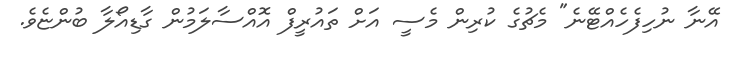
އޭނާ ނުހިފެހެއްޓޭނެ" މެޗުގެ ކުރިން މެސީ އަށް ތައުރީފް އޮއްސާލަމުން ގާޑިއޯލާ ބުންޏެވެ.